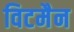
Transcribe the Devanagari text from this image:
विटमैन